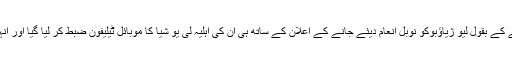
اس تنظیم سے منسلک بیتھ شوانکے کے بقول لیو ژیاؤبوکو نوبل انعام دیئے جانے کے اعلان کے ساتھ ہی ان کی اہلیہ لی یو شیا کا موبائل ٹیلیفون ضبط کر لیا گیا اور انہیں بتایا گیا کہ وہ حراست میں ہیں۔